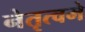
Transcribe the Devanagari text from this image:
नेतृत्वमे